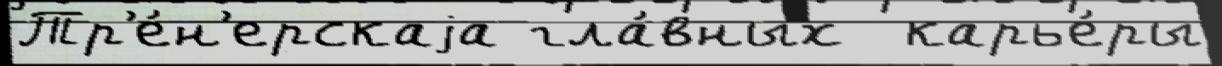
Тр'е́н'ерскаjа гла́вных  карье́ры